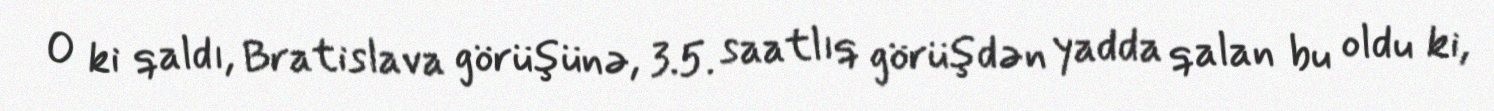
O ki qaldı, Bratislava görüşünə, 3.5. saatlıq görüşdən yadda qalan bu oldu ki,